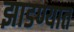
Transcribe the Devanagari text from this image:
झाडण्यात